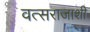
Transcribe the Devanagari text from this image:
वत्सराजाशी